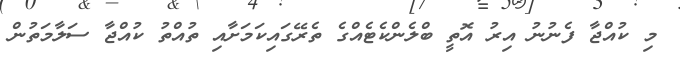
މި ކުއްޖާ ފެނުނު އިރު އޮތީ ބްލެންކެޓެއްގެ ތެރޭގައިކަމަށާއި ތުއްތު ކުއްޖާ ސަލާމަތުން